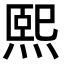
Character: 熙